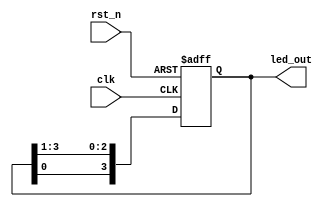
module led_flow2 (clk,rst_n,led_out);
	input clk;   // Clock
	input rst_n;  // Asynchronous reset active low
	output reg [3:0] led_out;

	always @(posedge clk or negedge rst_n) begin : proc_
		if(~rst_n) begin
			 led_out <= 4'b0111;
		end else begin
			// led_out = 0111;
			led_out <= {led_out[0], led_out[3:1]};

		end
	end

endmodule